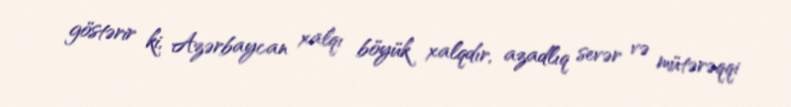
göstərir ki, Azərbaycan xalqı böyük xalqdır, azadlıq sevər və mütərəqqi